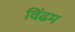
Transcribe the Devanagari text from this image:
विंढम